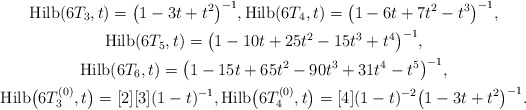
\begin{gather*}{\rm Hilb}(6T_{3},t)=\big(1-3t+t^2\big)^{-1},{\rm Hilb}(6T_{4},t)=\big(1-6t+7t^2-t^3\big)^{-1},\\{\rm Hilb}(6T_{5},t)=\big(1-10t+25t^2-15t^3+t^{4}\big)^{-1},\\{\rm Hilb}(6T_{6},t)=\big(1-15t+65t^2-90t^3+31t^4-t^5\big)^{-1},\\{\rm Hilb}\big(6T_{3}^{(0)},t\big)= [2][3](1-t)^{-1},{\rm Hilb}\big(6T_{4}^{(0)},t\big)= [4](1-t)^{-2}\big(1-3t+t^2\big)^{-1}.\end{gather*}